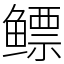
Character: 鳔